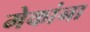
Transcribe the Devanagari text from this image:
मेकांना